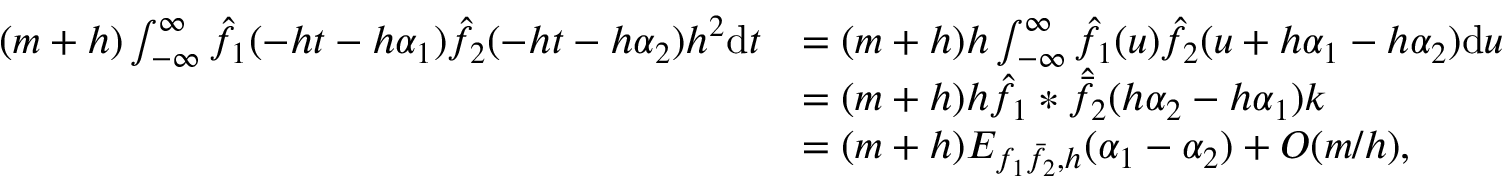
\begin{array} { r l } { ( m + h ) \int _ { - \infty } ^ { \infty } \hat { f _ { 1 } } ( - h t - h \alpha _ { 1 } ) \hat { f _ { 2 } } ( - h t - h \alpha _ { 2 } ) h ^ { 2 } \mathrm { d } t } & { = ( m + h ) h \int _ { - \infty } ^ { \infty } \hat { f _ { 1 } } ( u ) \hat { f _ { 2 } } ( u + h \alpha _ { 1 } - h \alpha _ { 2 } ) \mathrm { d } u } \\ & { = ( m + h ) h \hat { f _ { 1 } } \ast \hat { \bar { f _ { 2 } } } ( h \alpha _ { 2 } - h \alpha _ { 1 } ) k } \\ & { = ( m + h ) E _ { f _ { 1 } \bar { f _ { 2 } } , h } ( \alpha _ { 1 } - \alpha _ { 2 } ) + O ( m / h ) , } \end{array}